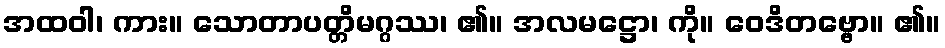
အထဝါ၊ ကား။ သောတာပတ္တိမဂ္ဂဿ၊ ၏။ အလမဋ္ဌော၊ ကို။ ဝေဒိတဗ္ဗော။ ၏။